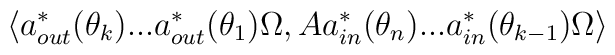
\left\langle a_{out}^{\ast }(\theta _{k})...a_{out}^{\ast }(\theta_{1})\Omega ,Aa_{in}^{\ast }(\theta _{n})...a_{in}^{\ast }(\theta_{k-1})\Omega \right\rangle